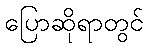
ပြောဆိုရာတွင်